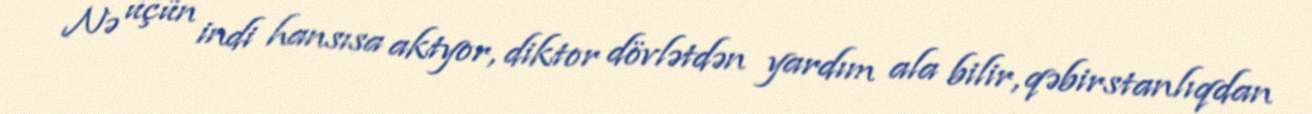
Nə üçün indi hansısa aktyor, diktor dövlətdən yardım ala bilir, qəbirstanlıqdan